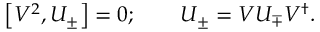
\left[ V ^ { 2 } , U _ { \pm } \right] = 0 ; \qquad U _ { \pm } = V U _ { \mp } V ^ { \dagger } .